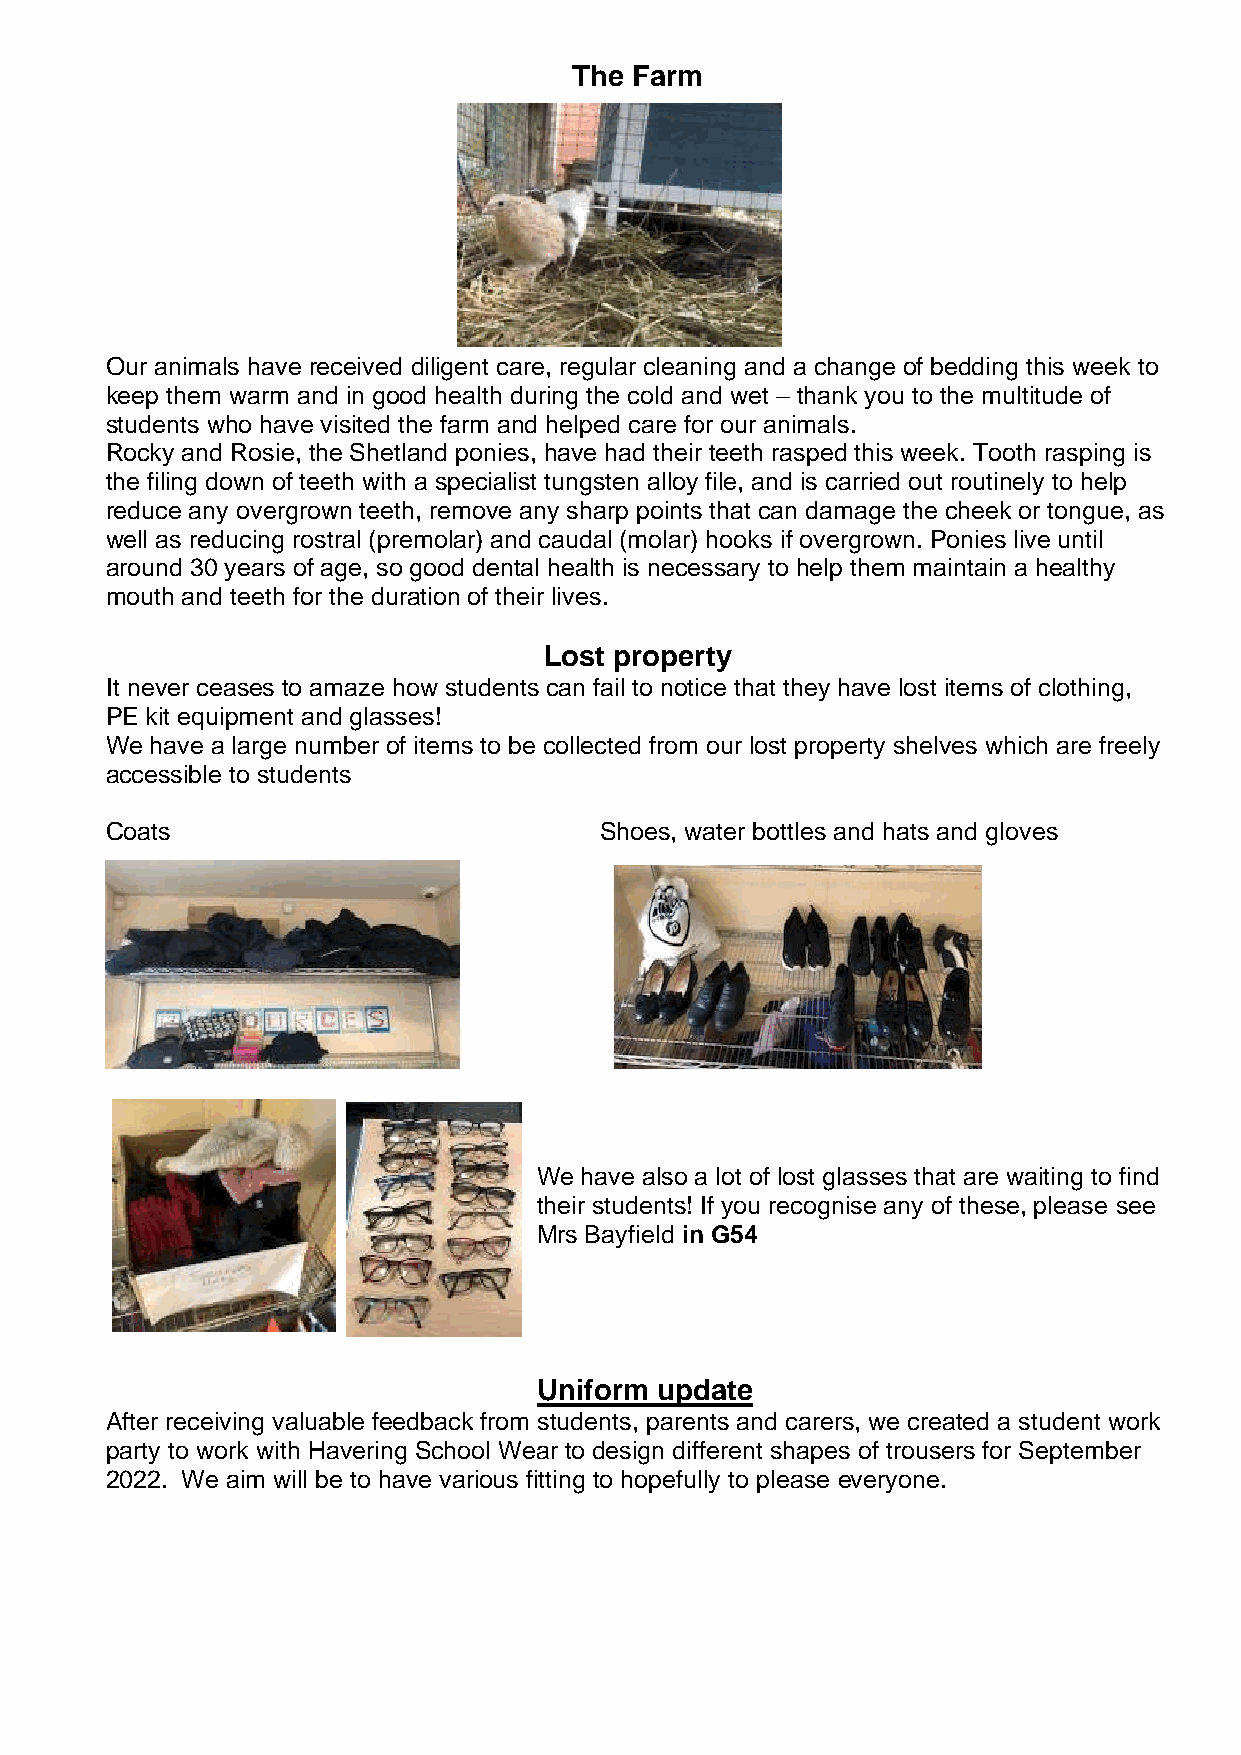
The Farm
 Our animals have received diligent care, regular cleaning and a change of bedding this week to
 keep them warm and in good health during the cold and wet – thank you to the multitude of
 students who have visited the farm and helped care for our animals.
 Rocky and Rosie, the Shetland ponies, have had their teeth rasped this week. Tooth rasping is
 the filing down of teeth with a specialist tungsten alloy file, and is carried out routinely to help
 reduce any overgrown teeth, remove any sharp points that can damage the cheek or tongue, as
 well as reducing rostral (premolar) and caudal (molar) hooks if overgrown. Ponies live until
 around 30 years of age, so good dental health is necessary to help them maintain a healthy
 mouth and teeth for the duration of their lives.
 Lost property
 It never ceases to amaze how students can fail to notice that they have lost items of clothing,
 PE kit equipment and glasses!
 We have a large number of items to be collected from our lost property shelves which are freely
 accessible to students
 Coats                            Shoes, water bottles and hats and gloves
 We have also a lot of lost glasses that are waiting to find
 their students! If you recognise any of these, please see
 Mrs Bayfield in G54
 Uniform update
 After receiving valuable feedback from students, parents and carers, we created a student work
 party to work with Havering School Wear to design different shapes of trousers for September
 2022. We aim will be to have various fitting to hopefully to please everyone.